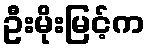
ဦးမိုးမြင့်က